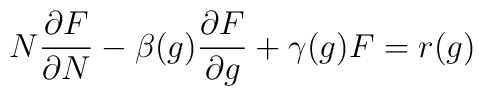
N {\partial F \over \partial N} -\beta(g) {\partial F \over \partial g}+ \gamma(g) F= r(g)